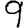
Digit: 9